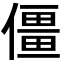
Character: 僵